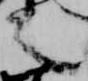
言